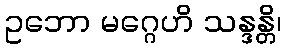
ဥဘော မဂ္ဂေဟိ သန္ဒန္တိ၊